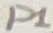
Text: P1